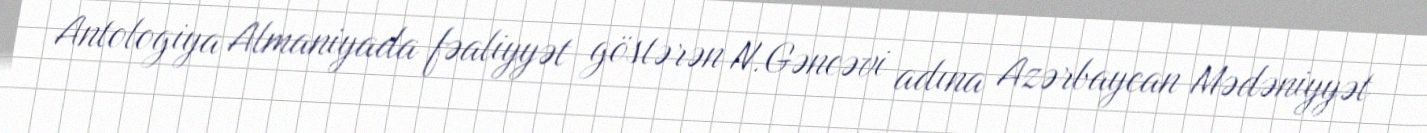
Antologiya Almaniyada fəaliyyət göstərən N.Gəncəvi adına Azərbaycan Mədəniyyət